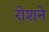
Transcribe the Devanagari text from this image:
रोशने